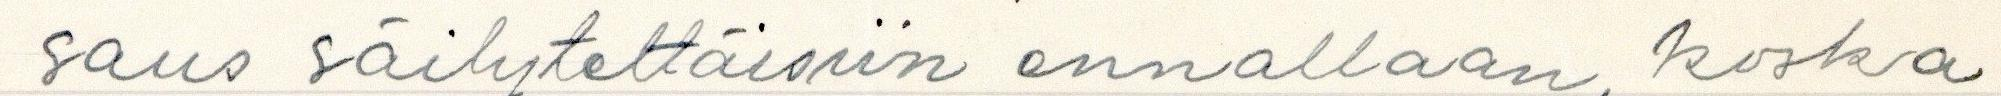
saus säilytettäisiin ennallaan, koska